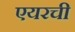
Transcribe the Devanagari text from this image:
एयरची